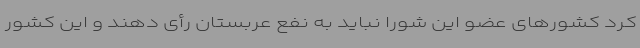
کرد کشورهای عضو این شورا نباید به نفع عربستان رأی دهند و این کشور